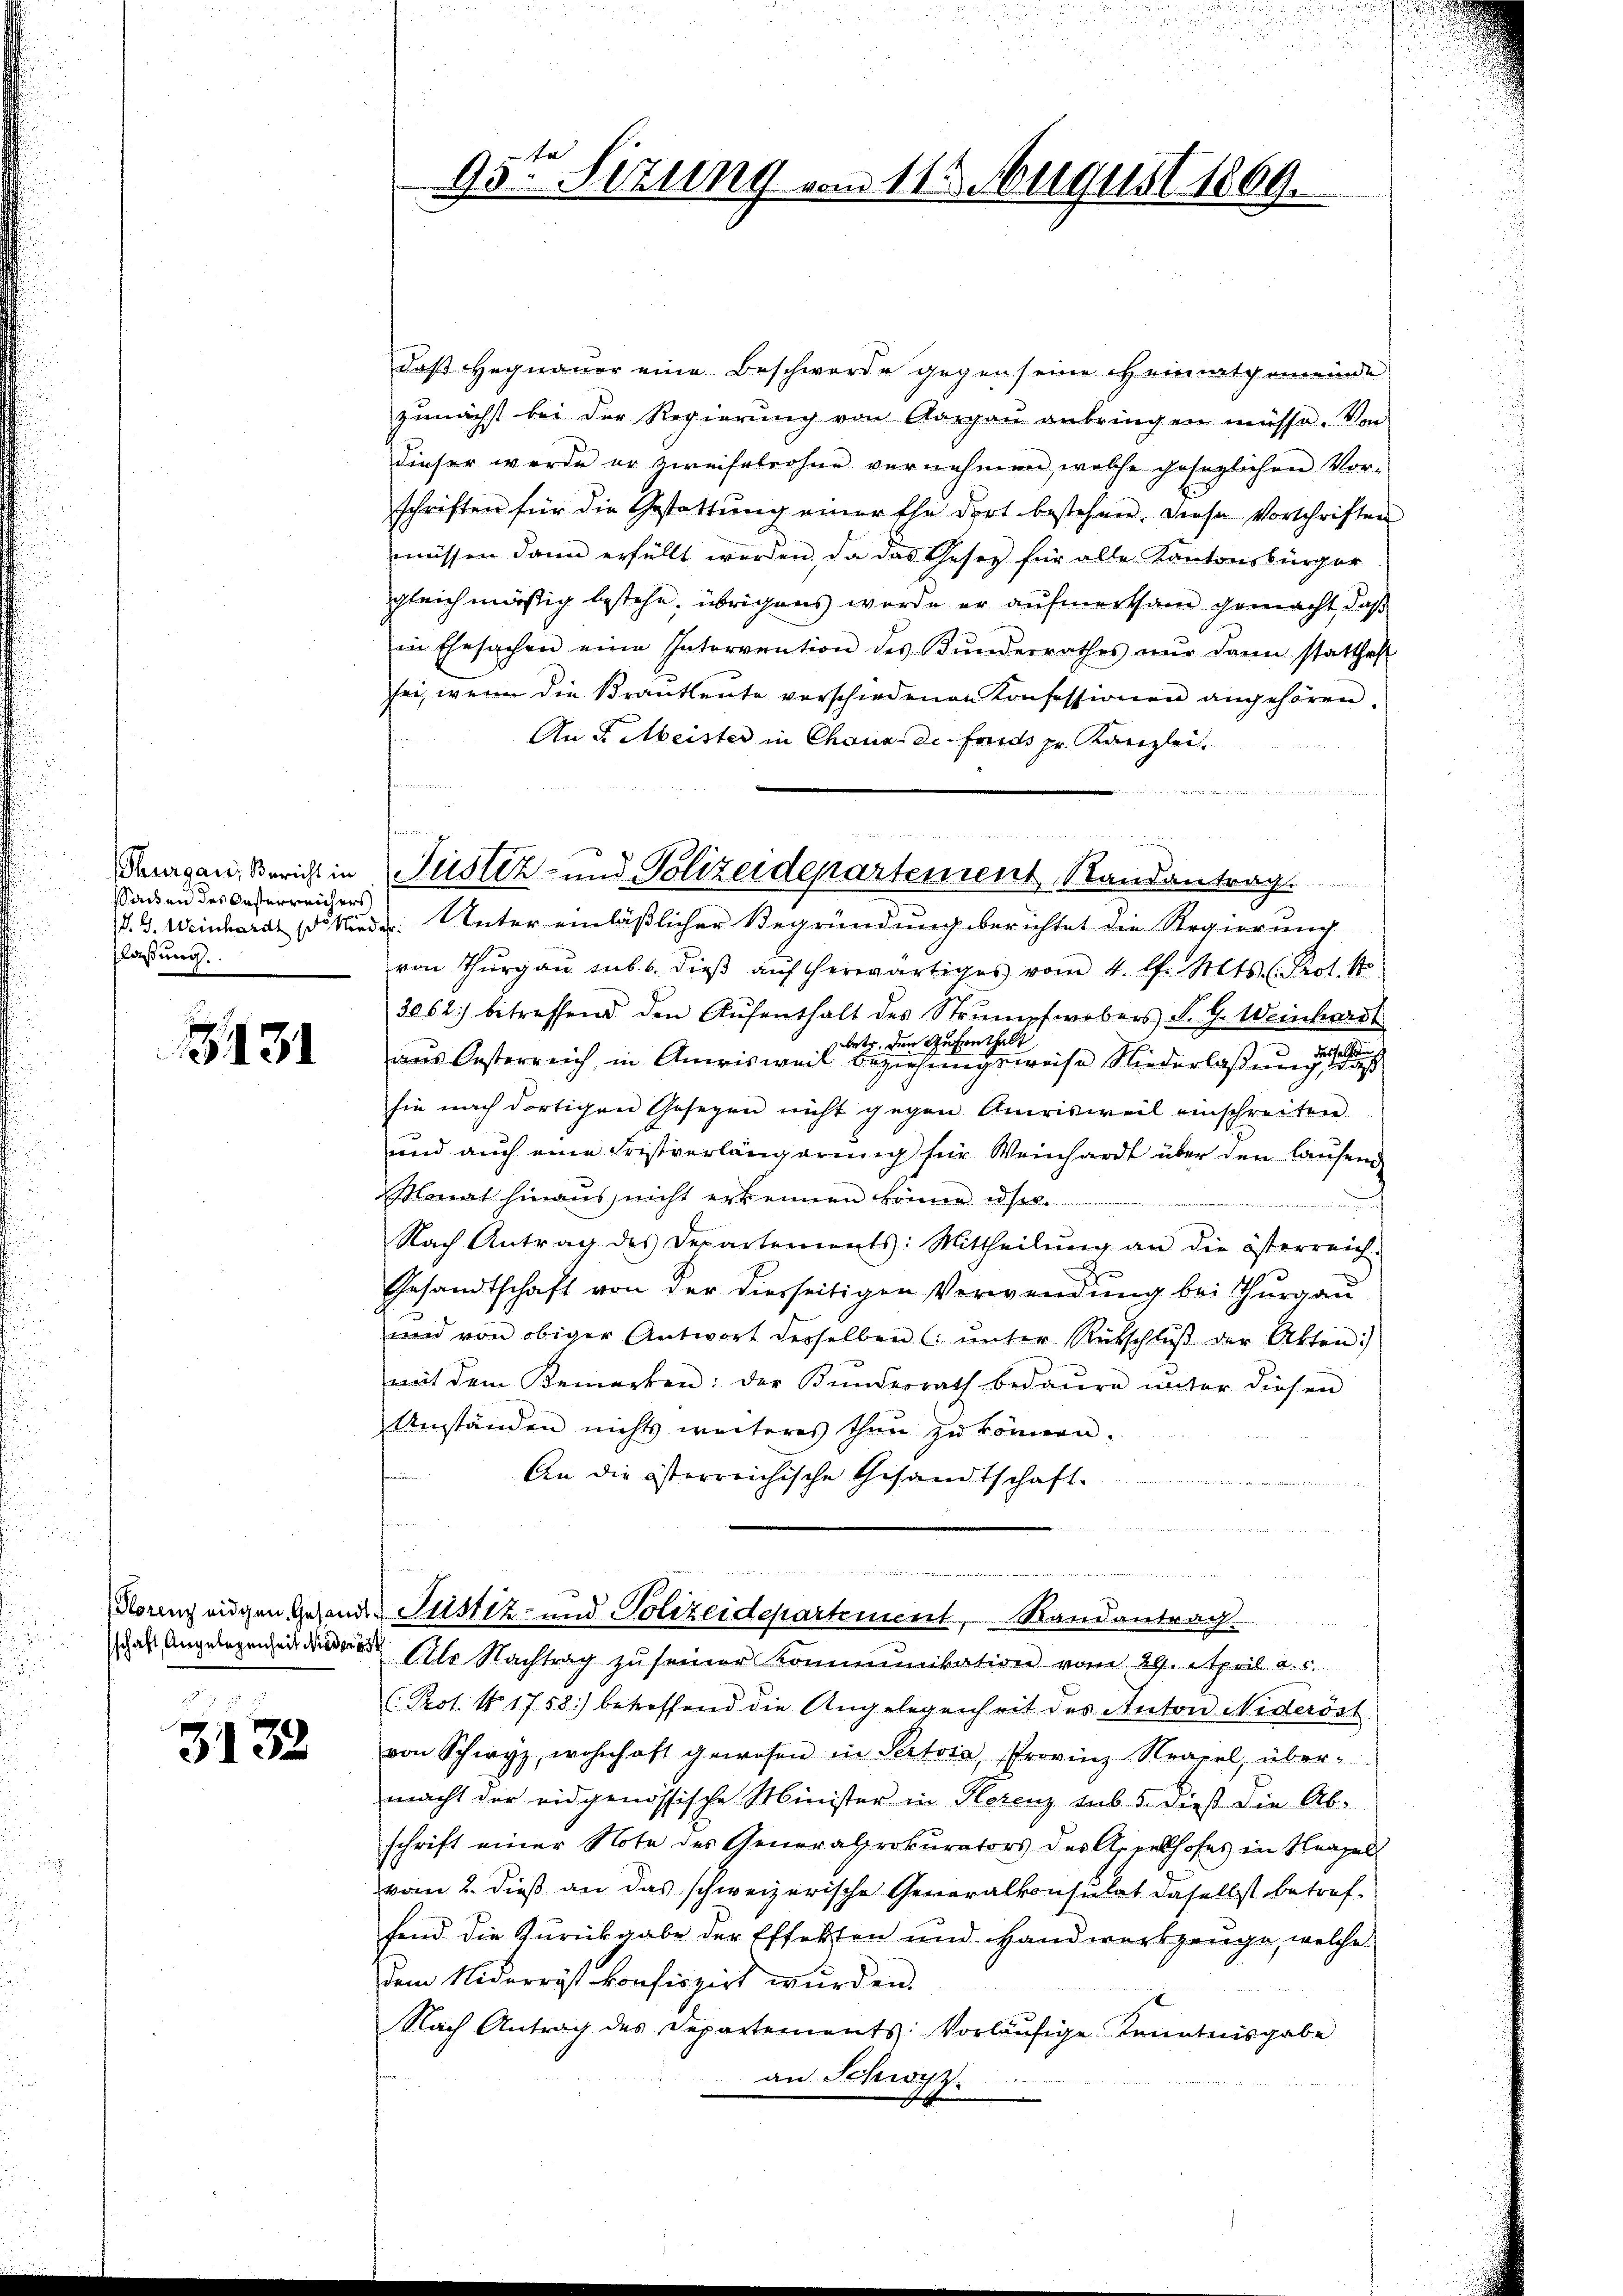
saden des Kasterreichers
laßung.

3431

3132

daß Hegnauer eine Beschwerde gegen seine Heimatgemeinde
zunächst bei der Regierŭng von Aargaŭ anbringen müsse. Von
dieser werde er zweifabrohne vernehmen, welche gesaglichen Vorschriften für die Gestattŭng einer Ehe dort bestehen. Diese Vorschriften
müssen dann erfüllt werden, da das Gesetz für alle Kantonsbürger
gleichmäßig bestehe, übrigens werde er aufmerksam gemacht, daß
in Ehesachen eine Intervention des Bŭnderrathes nŭr dann statthaft
sei, wenn die Krautleute verschiedenen Konfessionen angehören.
An L. Meister in Chaus de fonds pr. Kanzlei.

P. G. Weinhardt d. Nieder. Unter einläßlicher Begründung berichtet die Regierung
von Thurgau sub 6. dieβ aŭf herwärtiges vom 4. l. Mts. (Prot. N
3062) betreffend den Aŭfenthalt des Strŭmpfwebers F. G. Weinhardt
betr. den Aufenthalt
aus Oesterreich in Anwisweil beziehungsweise Niederlaßung der eines
sie nach dortigen Gesetzen nicht gegen Amrisweil einschreiten
und auch eine Fristverlängerung für Weinhardt über den laufend
saat hinaus, nicht erkennen könne es.
Nach Antrag des Departements: Mittheilŭng an die österreich-
Gesandtschaft von der diesseitigen Verwendung bei Thurgau
und von obiger Antwort derselben ( ŭnter Rübschlŭβ der Akten:
mit dem Bemerken: der Bŭndesrath bedaŭrn ŭnter diesen
Umständen nichts weiteres thun zu können.
An die österreichische Gesandtschaft.
.

Florenzeigen Gesandte Justiz- und Polizeidepartement, Randantrag
das le Nachtrag zu seiner Kommunikation vom 29. April a. c.
(Prot. N. 1758) betreffend die Angelegenheit des Anton Wideröst
von Schwyz, wohnhaft gewesen in Pectora, Provinz Neapel, über-
macht der eidgenössische Minister in Florenz sub 5. dieß die Ab-
schrift einer Note des Generalprokurators des Appelhofes in Neapel
vom 2. dieß an das schweizerische Generalkonsulat daselbst betreffend die Zurückgabe der Effekten und Handwerkzeuge, welche
dem Niderrist konfiszirt wurden.
Nach Antrag des Departements: Vorläŭfige Kenntnisgabe
an Schwyz.

e

Deurgau, Bericht in Justiz- und Polizeidepartement Randantrag.

95te Sitzung vom 11. August 1869.